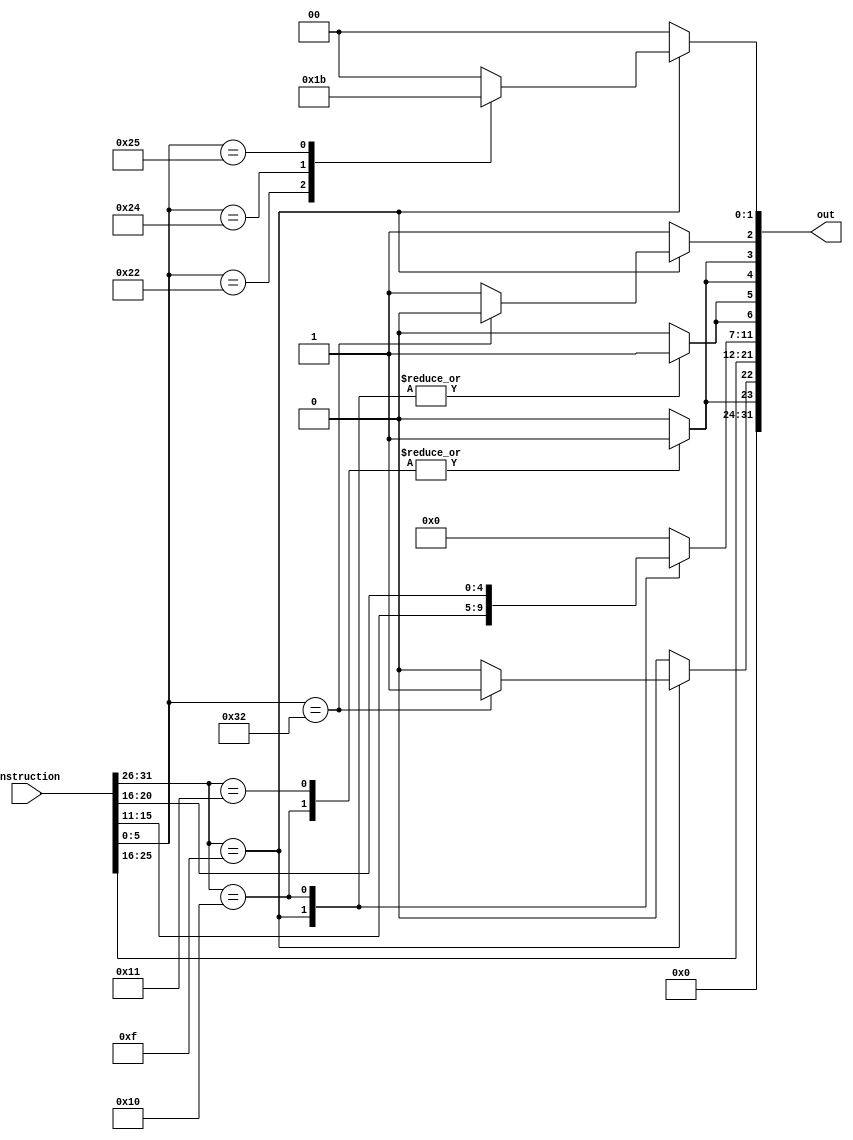
/*
Eduardo Augusto Ribeiro Duenas - 2017011086 - Turma 2
Jackson Galdino Da Silveira    - 2018010136 - Turma 1
Jean Tan Li                    - 2018000069 - Turma 1
*/

module control(
	input [31:0] instruction,
	output [31:0] out
);

reg [1:0] alu_ctrl; // 0: add, 1: sub, 2: and, 3: or
reg mul_ctrl; // Ativa o multiplicador
reg mux_alu; // Ativa a ALU
reg mux_reg;
reg mux_wb; // Ativa o write back (salva dados no registrador)
reg wr;
reg wr_reg_file; 
reg [4:0] rs; // Primeiro registrador Fonte
reg [4:0] rt; // Segundo registrador Fonte para instrues tipo R 
              // Ou Registro destino para instrues tipo I
reg [4:0] rd; // Registrador destino para Instrues tipo R
reg extend_ctrl; // Ativa o extender - 0: Instruo tipo R, 1: Instruo tipo I

assign out = {{8'b0},{extend_ctrl},{mul_ctrl},{rs},{rt},{rd},{wr_reg_file},{wr},{mux_wb},{mux_reg},{mux_alu},{alu_ctrl}};

always @(*) begin
	rs <= instruction[25:21];
	rt <= instruction[20:16];
	wr <= 0;
	alu_ctrl <= 0;
	mux_alu <= 1;
	rd <= 0;
	mux_wb <= 0;
	wr_reg_file <= 0;
	mux_reg <= 0;
	extend_ctrl <= 0;
	mul_ctrl <= 0;

	case(instruction[31:26])
		6'd15: // Instruo do tipo R
		begin
			case(instruction[5:0])
				6'd32: // Adio / ADD
                    begin
                        alu_ctrl <= 2'b00;
                        mux_alu <= 1;
                        mul_ctrl <= 0;
                    end
				6'd34: // Subtrao / SUB
                    begin
                        alu_ctrl <= 2'b01;
                        mux_alu <= 1;
                        mul_ctrl <= 0;
                    end	
				6'd50: // Multiplicao / MUL
                    begin
                        mux_alu <= 0;
                        mul_ctrl <= 1;
                    end	
				6'd36: // And &
                    begin
                        alu_ctrl <= 2'b10;
                        mux_alu <= 1;
                        mul_ctrl <= 0;
                    end	
				6'd37: // Or |
                    begin
                        alu_ctrl <= 2'b11;
                        mux_alu <= 1;
                        mul_ctrl <= 0;
                    end	
			endcase
			rd <= instruction[15:11];
			mux_reg <= 0;
			mux_wb <= 0;
			wr <= 1;
			extend_ctrl <= 0;
			wr_reg_file <= 1;
		end

		// Instruo do tipo I
		6'd16: // Load Word / LW
            begin
                mux_reg <= 1;
                mux_wb <= 1;
                alu_ctrl <= 2'b00;
                mux_alu <= 1;
                wr_reg_file <= 1;
                wr <= 1;
                rd <= rt;
                mul_ctrl <= 0;
                extend_ctrl <= 1;
            end
			
		6'd17: // Store Word / SW
            begin
                mux_reg <= 1;
                mux_wb <= 1;
                alu_ctrl <= 2'b00;
                mux_alu <= 1;
                wr_reg_file <= 0;
                wr <= 0;
                rd <= 5'b0;
                mul_ctrl <= 0;
                extend_ctrl <= 1;
            end
	endcase
end


endmodule